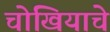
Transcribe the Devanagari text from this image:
चोखियाचे